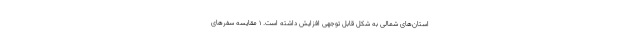
استان‌های شمالی به شکل قابل توجهی افزایش داشته است. 1 مقایسه سفرهای